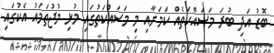
ބޮޑު އަދި ބުރަ މަސައްކަތެއް ކަމަށާއި މި މަސައްކަތުގައި މުޅި މުޖުތަމައު އެކުގައި